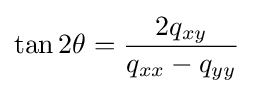
\tan 2\theta ={\frac {2q_{xy}}{q_{xx}-q_{yy}}}